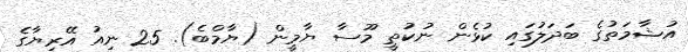
އުޝާމަތުގެ ބަދަލުގައި ކުޅެން ނުކުތީ މޫސާ ޔާމީން (ޔާމްބެ). 25 ނިއު އޭރިޔާގެ